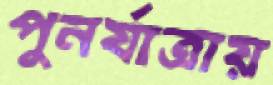
পুনর্যাত্রায়